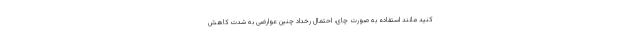
کنید مانند استفاده به صورت چای، احتمال رخداد چنین عوارضی به شدت کاهش